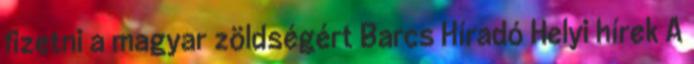
fizetni a magyar zöldségért Barcs Híradó Helyi hírek A